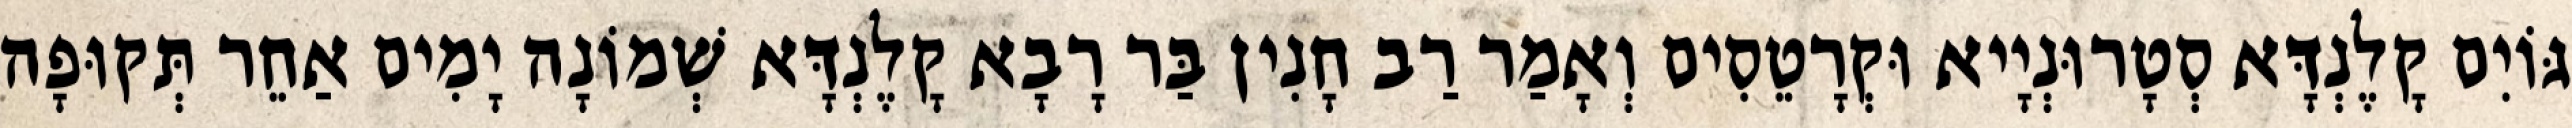
גּוֹיִם קָלֶנְדָּא סְטָרוּנְיָיא וּקְרָטֵסִים וְאָמַר רַב חָנִין בַּר רָבָא קָלֶנְדָּא שְׁמוֹנָה יָמִים אַחֵר תְּקוּפָה